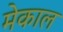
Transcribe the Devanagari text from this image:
मेकाल